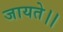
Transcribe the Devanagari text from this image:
जायते।।